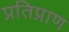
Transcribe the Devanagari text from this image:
प्रतिप्राण